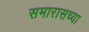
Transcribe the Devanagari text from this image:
समारासच्या